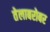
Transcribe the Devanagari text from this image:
तेलाबरोबर